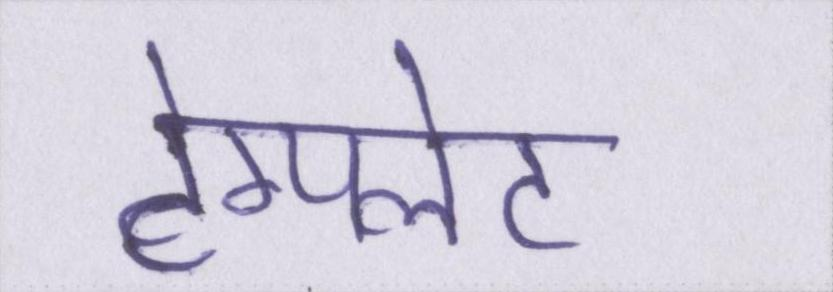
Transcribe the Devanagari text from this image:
टेम्पलेट